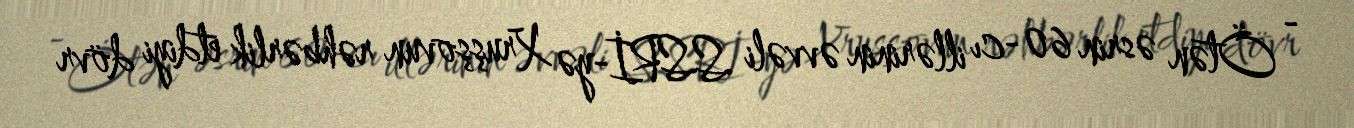
- Ötən əsrin 60-cı illərinin əvvəli SSRİ-yə Xruşşovun rəhbərlik etdiyi dövr